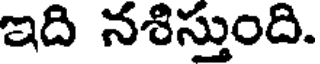
ఇది నశిస్తుంది.